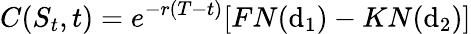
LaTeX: C(S_{t},t)=e^{-r(T-t)}[FN(\mathrm{d}_{1})-KN(\mathrm{d}_{2})]